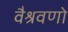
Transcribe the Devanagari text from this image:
वैश्रवणो